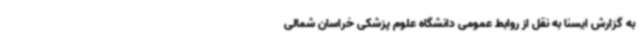
به گزارش ایسنا به نقل از روابط عمومی دانشگاه علوم پزشکی خراسان شمالی